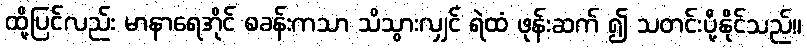
ထို့ပြင်လည်း မာနာရေအိုင် စခန်းကသာ သိသွားလျှင် ရဲထံ ဖုန်းဆက် ၍ သတင်းပို့နိုင်သည်။